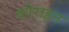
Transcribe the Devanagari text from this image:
कोराइन